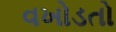
વખોડતો